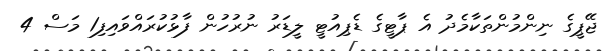
ޖޭޕީގެ ނިންމުންތަކާމެދު އެ ޕާޓީގެ ޑެޕިއުޓީ ލީޑަރު ނުރުހުން ފާޅުކުރައްވައިފި1 މަސް 4